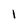
Character: 1